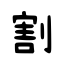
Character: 割